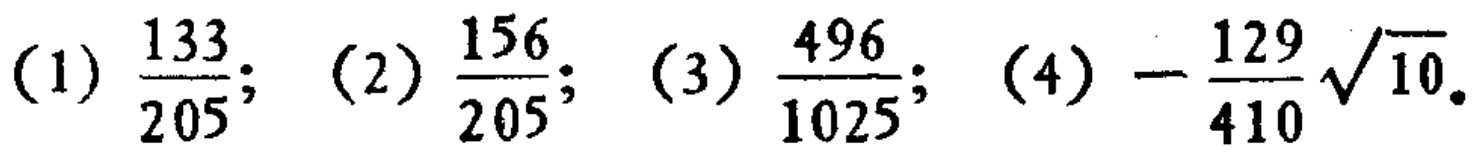
(1) \(\frac{133}{205}\); (2) \(\frac{156}{205}\); (3) \(\frac{496}{1025}\); (4) \(-\frac{129}{410}\sqrt{10}\)